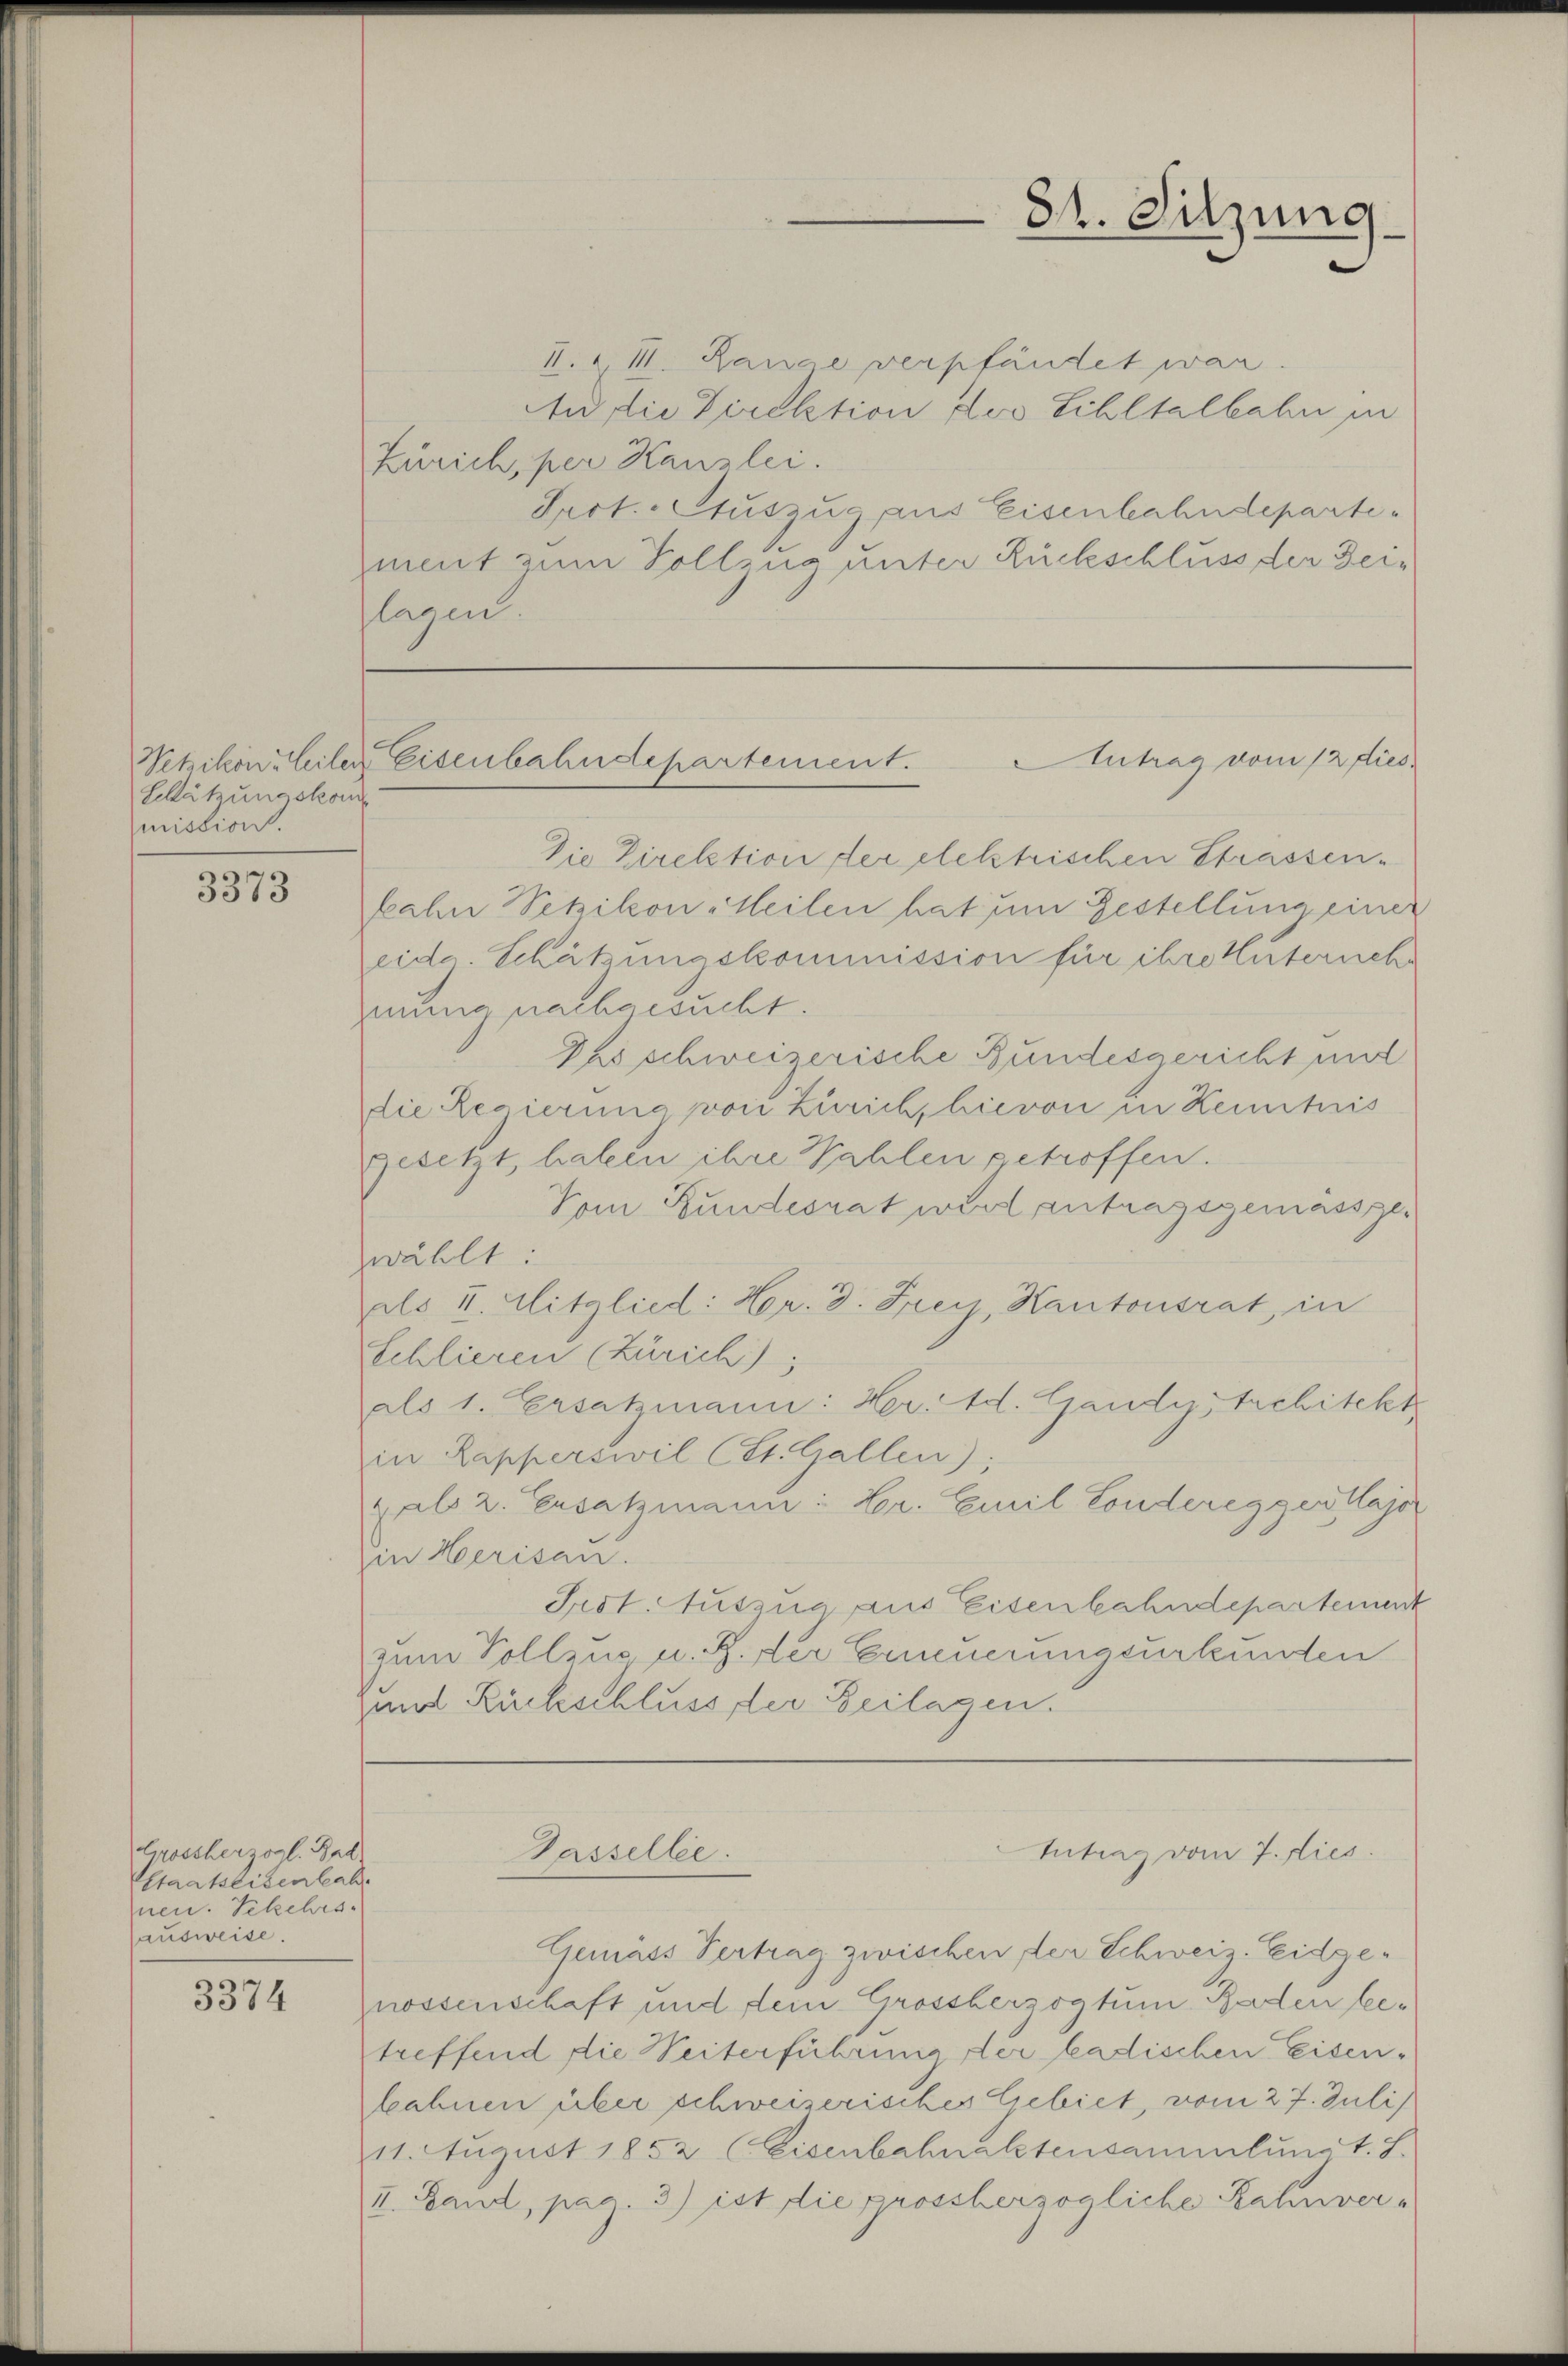
Schätzungskom
mission.

3373

Grossherzogl. Bad
Staatseisenbah
nen. Sekehrs
ausweise.

3374

I. & II. Range verpfändet war.
An die Direktion des Schltalbahn in
Zürich, per Kanzlei.
Prot. Auszug aus Eisenbahndepartement zum Vollzug unter Rückschluss der Zeiflagen.

82. Sitzung

Antrag vom 12 dies
Wetzikon - Seiter Eisenbahndepartement.

Die Direktion der elektrischen Strassenkahn Setzikon-Heilen hat um Gestellung einer
eide. Schätzungskommission für ihre Unternehmung nachgesucht.
Phi schweizerische Bundesgericht und
die Regierung von Zürich, hievon in Kenntnis
gesetzt, haben ihre Wahlen getroffen.
Vom Bundesrat wird antragsgemässiger
zwählt:
als u. Mitglied: Hr. D. Frey, Kantonsrat, in
Schlieren (Zürich),
als 1. Ersatzmann: Hr. Ad. Gandy, Architekt
in Kapperswil (St. Gallen);
als 2. Ersatzmann: Hr. Emil Sondereggentlass
in Herisan.
Prot. Auszug aus Eisenbahndepartement
zum Vollzug u. Z. der Erneuerungsurkunden
und Rückschluss der Beilagen.

Passellee.

Intrag vom 7. dies

Gemäss Vertrag zwischen der Schweiz. Eidgenossenschaft und dem Grossherzogtum Baden betreffend die Seiterführung der badischen Eisenkahnen über schweizerisches Gebiet, vom 27. Juli)
11. August 1852 (Eisenbahnaktensammlung t. S.
I. Land, pag. 3) ist die groscherzogliche Kahnver¬